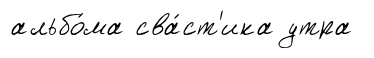
альбо́ма сва́ст'ика утра